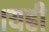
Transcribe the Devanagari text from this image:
।यही